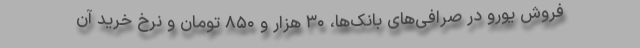
فروش یورو در صرافی‌های بانک‌ها، ۳۰ هزار و ۸۵۰ تومان و نرخ خرید آن